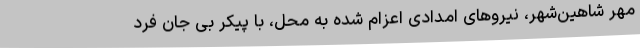
مهر شاهین‌شهر، نیروهای امدادی اعزام شده به محل، با پیکر بی جان فرد